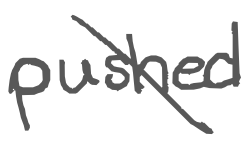
Text: pushed
Cross-out: diagonal
Writing tool: digital_gray